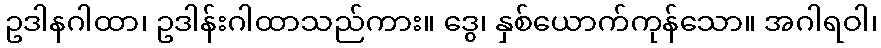
ဥဒါနဂါထာ၊ ဥဒါန်းဂါထာသည်ကား။ ဒွေ၊ နှစ်ယောက်ကုန်သော။ အဂါရဝါ၊